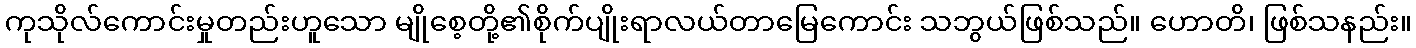
ကုသိုလ်ကောင်းမှုတည်းဟူသော မျိုစေ့တို့၏စိုက်ပျိုးရာလယ်တာမြေကောင်း သဘွယ်ဖြစ်သည်။ ဟောတိ၊ ဖြစ်သနည်း။